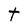
Character: t